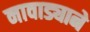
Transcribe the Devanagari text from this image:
नावाड्याने